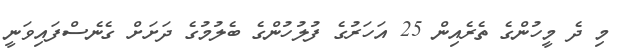
މި ދެ މީހުންގެ ތެރެއިން 25 އަހަރުގެ ފުލުހުންގެ ބެލުމުގެ ދަށަށް ގެނެސްފައިވަނީ